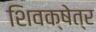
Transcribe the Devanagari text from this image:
शिवक्षेत्र